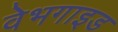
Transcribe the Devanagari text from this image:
वेभगाइड